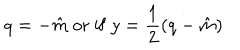
q = - \hat { m } \ \mathrm { o r \ i f } \ y = \frac { 1 } { 2 } ( q - \hat { m } )